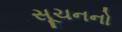
સૂચનનો